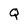
Character: Q